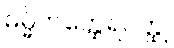
ဓမ္မိကတ္ထေရဝတ္ထု